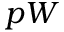
p W